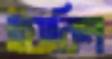
ইয়াকিন